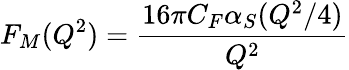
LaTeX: F_{M}(Q^{2})=\frac{16\pi C_{F}\alpha_{S}(Q^{2}/4)}{Q^{2}}